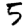
Digit: 5